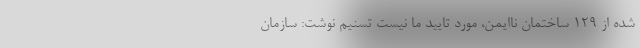
شده از ۱۲۹ ساختمان ناایمن، مورد تایید ما نیست تسنیم نوشت: سازمان